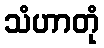
သံဟာတုံ